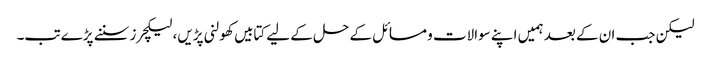
لیکن جب ان کے بعد ہمیں اپنے سوالات و مسائل کے حل کے لیے کتابیں کھولنی پڑیں، لیکچرز سننے پڑے تب۔